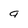
Character: g